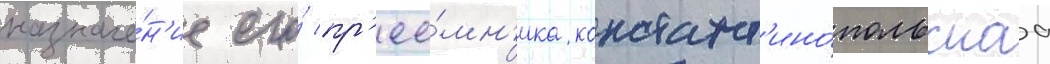
назначе́н'ие его́ пр'ее́мн'ика констант'ино́польскаа